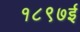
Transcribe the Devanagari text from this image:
१८९७ई